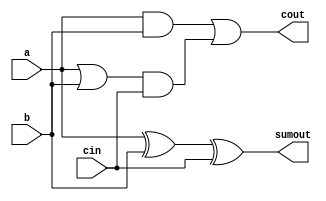
// Copyright 2020-2022 F4PGA Authors
//
// Licensed under the Apache License, Version 2.0 (the "License");
// you may not use this file except in compliance with the License.
// You may obtain a copy of the License at
//
//     http://www.apache.org/licenses/LICENSE-2.0
//
// Unless required by applicable law or agreed to in writing, software
// distributed under the License is distributed on an "AS IS" BASIS,
// WITHOUT WARRANTIES OR CONDITIONS OF ANY KIND, either express or implied.
// See the License for the specific language governing permissions and
// limitations under the License.
//
// SPDX-License-Identifier: Apache-2.0

(* abc9_box, lib_whitebox *)
module adder(
    output sumout,
    output cout,
    input a,
    input b,
    input cin
);
    assign sumout = a ^ b ^ cin;
    assign cout = (a & b) | ((a | b) & cin);

endmodule



(* abc9_lut=1, lib_whitebox *)
module frac_lut6(
    input [0:5] in,
    output [0:3] lut4_out,
    output [0:1] lut5_out,
    output lut6_out
);
    parameter [0:63] LUT = 0;
    // Effective LUT input
    wire [0:5] li = in;

    // Output function
    wire [0:31] s1 = li[0] ?
    {LUT[0] , LUT[2] , LUT[4] , LUT[6] , LUT[8] , LUT[10], LUT[12], LUT[14], 
     LUT[16], LUT[18], LUT[20], LUT[22], LUT[24], LUT[26], LUT[28], LUT[30],
     LUT[32], LUT[34], LUT[36], LUT[38], LUT[40], LUT[42], LUT[44], LUT[46],
     LUT[48], LUT[50], LUT[52], LUT[54], LUT[56], LUT[58], LUT[60], LUT[62]}:
    {LUT[1] , LUT[3] , LUT[5] , LUT[7] , LUT[9] , LUT[11], LUT[13], LUT[15], 
     LUT[17], LUT[19], LUT[21], LUT[23], LUT[25], LUT[27], LUT[29], LUT[31],
     LUT[33], LUT[35], LUT[37], LUT[39], LUT[41], LUT[43], LUT[45], LUT[47],
     LUT[49], LUT[51], LUT[53], LUT[55], LUT[57], LUT[59], LUT[61], LUT[63]};

    wire [0:15] s2 = li[1] ?
    {s1[0] , s1[2] , s1[4] , s1[6] , s1[8] , s1[10], s1[12], s1[14],
     s1[16], s1[18], s1[20], s1[22], s1[24], s1[26], s1[28], s1[30]}:
    {s1[1] , s1[3] , s1[5] , s1[7] , s1[9] , s1[11], s1[13], s1[15],
     s1[17], s1[19], s1[21], s1[23], s1[25], s1[27], s1[29], s1[31]};

    wire [0:7] s3 = li[2] ?
    {s2[0], s2[2], s2[4], s2[6], s2[8], s2[10], s2[12], s2[14]}:
    {s2[1], s2[3], s2[5], s2[7], s2[9], s2[11], s2[13], s2[15]};

    wire [0:3] s4 = li[3] ? {s3[0], s3[2], s3[4], s3[6]}:
                            {s3[1], s3[3], s3[5], s3[7]};

    wire [0:1] s5 = li[4] ? {s4[0], s4[2]} : {s4[1], s4[3]};

    assign lut4_out[0] = s4[0];
    assign lut4_out[1] = s4[1];
    assign lut4_out[2] = s4[2];
    assign lut4_out[3] = s4[3];

    assign lut5_out[0] = s5[0];
    assign lut5_out[1] = s5[1];

    assign lut6_out = li[5] ? s5[0] : s5[1];

endmodule

(* abc9_flop, lib_whitebox *)
module dff(
    output reg Q,
    input D,
    (* clkbuf_sink *)
    (* invertible_pin = "IS_C_INVERTED" *)
    input C
);
    parameter [0:0] INIT = 1'b0;
    parameter [0:0] IS_C_INVERTED = 1'b0;
    initial Q = INIT;
    case(|IS_C_INVERTED)
          1'b0:
            always @(posedge C)
                Q <= D;
          1'b1:
            always @(negedge C)
                Q <= D;
    endcase
endmodule

(* abc9_flop, lib_whitebox *)
module dffr(
    output reg Q,
    input D,
    input R,
    (* clkbuf_sink *)
    (* invertible_pin = "IS_C_INVERTED" *)
    input C
);
    parameter [0:0] INIT = 1'b0;
    parameter [0:0] IS_C_INVERTED = 1'b0;
    initial Q = INIT;
    case(|IS_C_INVERTED)
          1'b0:
            always @(posedge C or posedge R)
                if (R)
                        Q <= 1'b0;
                else
                        Q <= D;
          1'b1:
            always @(negedge C or posedge R)
                if (R)
                        Q <= 1'b0;
                else
                        Q <= D;
    endcase
endmodule

(* abc9_flop, lib_whitebox *)
module dffre(
    output reg Q,
    input D,
    input R,
    input E,
    (* clkbuf_sink *)
    (* invertible_pin = "IS_C_INVERTED" *)
    input C
);
    parameter [0:0] INIT = 1'b0;
    parameter [0:0] IS_C_INVERTED = 1'b0;
    initial Q = INIT;
    case(|IS_C_INVERTED)
          1'b0:
            always @(posedge C or posedge R)
              if (R)
                Q <= 1'b0;
              else if(E)
                Q <= D;
          1'b1:
            always @(negedge C or posedge R)
              if (R)
                Q <= 1'b0;
              else if(E)
                Q <= D;
        endcase
endmodule

module dffs(
    output reg Q,
    input D,
    (* clkbuf_sink *)
    (* invertible_pin = "IS_C_INVERTED" *)
    input C,
    input S
);
    parameter [0:0] INIT = 1'b0;
    parameter [0:0] IS_C_INVERTED = 1'b0;
    initial Q = INIT;
    case(|IS_C_INVERTED)
          1'b0:
            always @(posedge C or negedge S)
              if (S)
                Q <= 1'b1;
              else
                Q <= D;
          1'b1:
            always @(negedge C or negedge S)
              if (S)
                Q <= 1'b1;
              else
                Q <= D;
        endcase
endmodule

module dffse(
    output reg Q,
    input D,
    (* clkbuf_sink *)
    (* invertible_pin = "IS_C_INVERTED" *)
    input C,
    input S,
    input E
);
    parameter [0:0] INIT = 1'b0;
    parameter [0:0] IS_C_INVERTED = 1'b0;
    initial Q = INIT;
    case(|IS_C_INVERTED)
          1'b0:
            always @(posedge C or negedge S)
              if (S)
                Q <= 1'b1;
              else if(E)
                Q <= D;
          1'b1:
            always @(negedge C or negedge S)
              if (S)
                Q <= 1'b1;
              else if(E)
                Q <= D;
        endcase
endmodule

module dffsr(
    output reg Q,
    input D,
    (* clkbuf_sink *)
    (* invertible_pin = "IS_C_INVERTED" *)
    input C,
    input R,
    input S
);
    parameter [0:0] INIT = 1'b0;
    parameter [0:0] IS_C_INVERTED = 1'b0;
    initial Q = INIT;
    case(|IS_C_INVERTED)
          1'b0:
            always @(posedge C or negedge S or negedge R)
              if (S)
                Q <= 1'b1;
              else if (R)
                Q <= 1'b0;
              else
                Q <= D;
          1'b1:
            always @(negedge C or negedge S or negedge R)
              if (S)
                Q <= 1'b1;
              else if (R)
                Q <= 1'b0;
              else
                Q <= D;
        endcase
endmodule

module dffsre(
    output reg Q,
    input D,
    (* clkbuf_sink *)
    (* invertible_pin = "IS_C_INVERTED" *)
    input C,
    input E,
    input R,
    input S
);
    parameter [0:0] INIT = 1'b0;
    parameter [0:0] IS_C_INVERTED = 1'b0;
    initial Q = INIT;
    case(|IS_C_INVERTED)
          1'b0:
            always @(posedge C or posedge S or posedge R)
              if (S)
                Q <= 1'b1;
              else if (R)
                Q <= 1'b0;
              else if (E)
                Q <= D;
        endcase
endmodule

(* abc9_flop, lib_whitebox *)
module latchsre (
    output reg Q,
    input S,
    input R,
    input D,
    input G,
    input E
);
    parameter [0:0] INIT = 1'b0;
    parameter [0:0] IS_C_INVERTED = 1'b0;
    initial Q = INIT;
    always @*
            begin
              if (R) Q <= 1'b0;
              if (S) Q <= 1'b1;
            else if (E && G) Q <= D;
    end
endmodule

(* abc9_flop, lib_whitebox *)
module scff(
    output reg Q,
    input D,
    input clk
);
    parameter [0:0] INIT = 1'b0;
    initial Q = INIT;

    always @(posedge clk)
            Q <= D;
endmodule

module DP_RAM16K (
    input rclk, 
    input wclk,
    input wen,
    input ren,
    input[8:0] waddr,
    input[8:0] raddr,
    input[31:0] d_in,
    input[31:0] wenb,
    output[31:0] d_out );

    _dual_port_sram memory_0 (
                .wclk           (wclk),
                .wen            (wen),
                .waddr          (waddr),
                .data_in        (d_in),
                .rclk           (rclk),
                .ren            (ren),
                .raddr          (raddr),
                .wenb		(wenb),
                .d_out          (d_out) );

endmodule

module _dual_port_sram (
    input wclk,
    input wen,
    input[8:0] waddr,
    input[31:0] data_in,
    input rclk,
    input ren,
    input[8:0] raddr,
    input[31:0] wenb,
    output[31:0] d_out );

    // MODE 0:  512 x 32
    // MODE 1: 1024 x 16
    // MODE 2: 1024 x 8
    // MODE 3: 2048 x 4
        
    integer i;
    reg[31:0] ram[512:0];
    reg[31:0] internal;
    // The memory is self initialised
        
    initial begin
            for (i=0;i<=512;i=i+1)
            begin
                ram[i] = 0;
            end
            internal = 31'b0; 
    end
    
    wire [31:0] WMASK;

    assign d_out = internal;
    assign WMASK = wenb;

    always @(posedge wclk) begin
            if(!wen) begin
              if (WMASK[ 0]) ram[waddr][ 0] <= data_in[ 0];
              if (WMASK[ 1]) ram[waddr][ 1] <= data_in[ 1];
              if (WMASK[ 2]) ram[waddr][ 2] <= data_in[ 2];
              if (WMASK[ 3]) ram[waddr][ 3] <= data_in[ 3];
              if (WMASK[ 4]) ram[waddr][ 4] <= data_in[ 4];
              if (WMASK[ 5]) ram[waddr][ 5] <= data_in[ 5];
              if (WMASK[ 6]) ram[waddr][ 6] <= data_in[ 6];
              if (WMASK[ 7]) ram[waddr][ 7] <= data_in[ 7];
              if (WMASK[ 8]) ram[waddr][ 8] <= data_in[ 8];
              if (WMASK[ 9]) ram[waddr][ 9] <= data_in[ 9];
              if (WMASK[10]) ram[waddr][10] <= data_in[10];
              if (WMASK[11]) ram[waddr][11] <= data_in[11];
              if (WMASK[12]) ram[waddr][12] <= data_in[12];
              if (WMASK[13]) ram[waddr][13] <= data_in[13];
              if (WMASK[14]) ram[waddr][14] <= data_in[14];
              if (WMASK[15]) ram[waddr][15] <= data_in[15];
              if (WMASK[16]) ram[waddr][16] <= data_in[16];
              if (WMASK[17]) ram[waddr][17] <= data_in[17];
              if (WMASK[18]) ram[waddr][18] <= data_in[18];
              if (WMASK[19]) ram[waddr][19] <= data_in[19];
              if (WMASK[20]) ram[waddr][20] <= data_in[20];
              if (WMASK[21]) ram[waddr][21] <= data_in[21];
              if (WMASK[22]) ram[waddr][22] <= data_in[22];
              if (WMASK[23]) ram[waddr][23] <= data_in[23];
              if (WMASK[24]) ram[waddr][24] <= data_in[24];
              if (WMASK[25]) ram[waddr][25] <= data_in[25];
              if (WMASK[26]) ram[waddr][26] <= data_in[26];
              if (WMASK[27]) ram[waddr][27] <= data_in[27];
              if (WMASK[28]) ram[waddr][28] <= data_in[28];
              if (WMASK[29]) ram[waddr][29] <= data_in[29];
              if (WMASK[30]) ram[waddr][30] <= data_in[30];
              if (WMASK[31]) ram[waddr][31] <= data_in[31];
            end
    end

    always @(posedge rclk) begin
            if(!ren) begin
              internal <= ram[raddr];
            end
    end
endmodule

module QL_DSP (
    input CLK,
    input [15:0] A, B, C, D,
    output [31:0] O,
    output CO // Currently unused, left in case we want to support signed operations in the future.
);
    parameter [0:0] A_REG = 0;
    parameter [0:0] B_REG = 0;
    parameter [0:0] C_REG = 0;
    parameter [0:0] D_REG = 0;
    parameter [0:0] ENABLE_DSP = 0;
    parameter [0:0] A_SIGNED = 0;
    parameter [0:0] B_SIGNED = 0;

    wire [15:0] iA, iB, iC, iD;
    wire [15:0] iF, iJ, iK, iG;

    // Regs C and A, currently unused
    reg [15:0] rC, rA;

    assign iC = C_REG ? rC : C;
    assign iA = A_REG ? rA : A;

    // Regs B and D, currently unused
    reg [15:0] rB, rD;

    assign iB = B_REG ? rB : B;
    assign iD = D_REG ? rD : D;

    // Multiplier Stage
    wire [15:0] p_Ah_Bh, p_Al_Bh, p_Ah_Bl, p_Al_Bl;
    wire [15:0] Ah, Al, Bh, Bl;
    assign Ah = {A_SIGNED ? {8{iA[15]}} : 8'b0, iA[15: 8]};
    assign Al = {8'b0, iA[ 7: 0]};
    assign Bh = {B_SIGNED ? {8{iB[15]}} : 8'b0, iB[15: 8]};
    assign Bl = {8'b0, iB[ 7: 0]};
    assign p_Ah_Bh = Ah * Bh; // F
    assign p_Al_Bh = {8'b0, Al[7:0]} * Bh; // J
    assign p_Ah_Bl = Ah * {8'b0, Bl[7:0]}; // K
    assign p_Al_Bl = Al * Bl; // G

    assign iF = p_Ah_Bh;
    assign iJ = p_Al_Bh;

    assign iK = p_Ah_Bl;
    assign iG = p_Al_Bl;

    // Adder Stage
    wire [23:0] iK_e = {A_SIGNED ? {8{iK[15]}} : 8'b0, iK};
    wire [23:0] iJ_e = {B_SIGNED ? {8{iJ[15]}} : 8'b0, iJ};
    assign iL = iG + (iK_e << 8) + (iJ_e << 8) + (iF << 16);

    // Output Stage
    assign O = iL;

endmodule